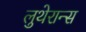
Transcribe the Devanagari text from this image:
लुथेरान्स